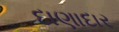
દાણાદાર